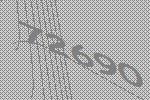
72690